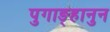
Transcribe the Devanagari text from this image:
पुगाङ्हानुन